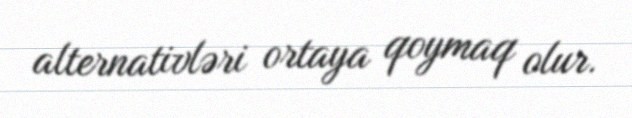
alternativləri ortaya qoymaq olur.